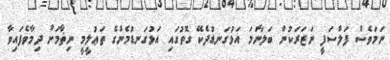
ނަމަވެސް ފަލްސަފީ ނަޒަރަކުން ބަލާނަމަ އަޅުގަނޑުދެކޭ ގޮތުގައި އަޅުގަނޑުމެންގެ ތަޢުލީމީ ނިޡާމަށް ދިމާވެފައިވާ